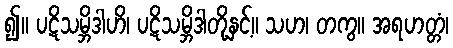
၍။ ပဋိသမ္ဘိဒါဟိ၊ ပဋိသမ္ဘိဒါတို့နှင့်။ သဟ၊ တကွ။ အရဟတ္တံ၊